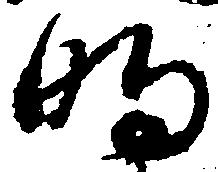
明